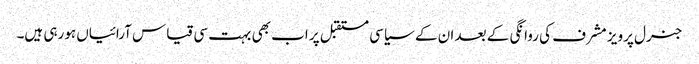
جنرل پرویز مشرف کی روانگی کے بعد ان کے سیاسی مستقبل پر اب بھی بہت سی قیاس آرائیاں ہورہی ہیں۔